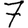
Digit: 7